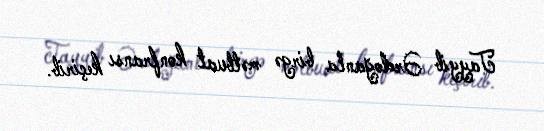
Tayyib Ərdoğanla birgə mətbuat konfransı keçirib.